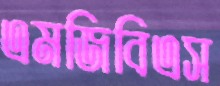
এমজিবিএস